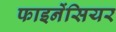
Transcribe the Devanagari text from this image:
फाइनेंसियर